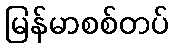
မြန်မာစစ်တပ်